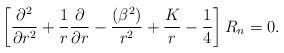
LaTeX: \begin{align*}\left[\frac{\partial^2}{\partial r^2}+\frac{1}{r}\frac{\partial}{\partial r}-\frac{(\beta^2)}{r^2}+\frac{K}{r}-\frac1{4}\right]R_{n}=0.\end{align*}